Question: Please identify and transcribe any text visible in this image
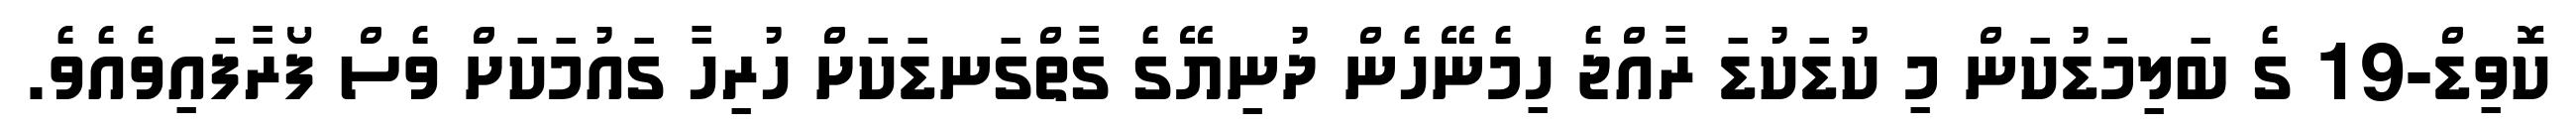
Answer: ކޮވިޑް-19 ގެ ބަލިމަޑުކަން މި ކުޑަކުޑަ ރާއްޖެ ހިމެނޭހެން ދުނިޔޭގެ ގާތްގަނޑަކަށް ހުރިހާ ގައުމަކަށް ވެސް ފޯރާފައިވެއެވެ.